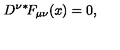
D ^ { \nu } { } ^ { * } \! F _ { \mu \nu } ( x ) = 0 ,